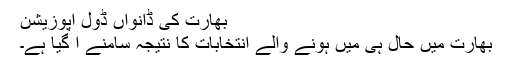
بھارت کی ڈانواں ڈول اپوزیشن
بھارت میں حال ہی میں ہونے والے انتخابات کا نتیجہ سامنے آ گیا ہے۔